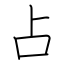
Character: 占